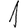
Digit: 1